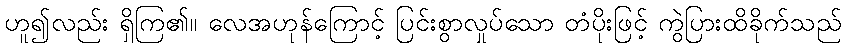
ဟူ၍လည်း ရှိကြ၏။ လေအဟုန်ကြောင့် ပြင်းစွာလှုပ်သော တံပိုးဖြင့် ကွဲပြားထိခိုက်သည်